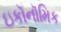
ઇકૉનૉમિક